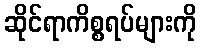
ဆိုင်ရာကိစ္စရပ်များကို